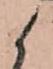
候